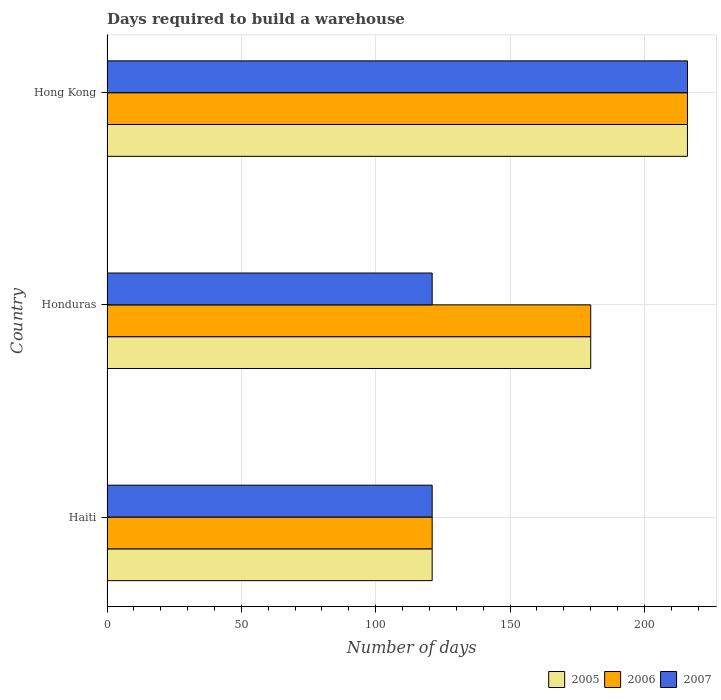
| Country | 2005 | 2006 | 2007 |
 | --- | --- | --- | --- |
 | Haiti | 121 | 121 | 121 |
 | Honduras | 180 | 180 | 121 |
 | Hong Kong | 216 | 216 | 216 |